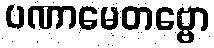
ပဏာမေတဗ္ဗော